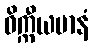
ဝိက္ကီယမာနံ